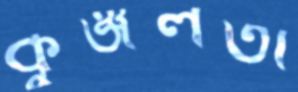
কুঞ্জলতা